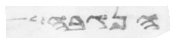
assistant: הנגבה